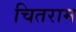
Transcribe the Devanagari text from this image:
चितराम